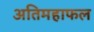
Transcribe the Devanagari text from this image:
अतिमहाफल